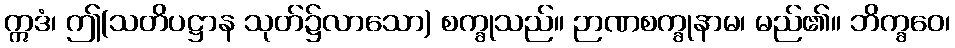
ဣဒံ၊ ဤ(သတိပဋ္ဌာန သုတ်၌လာသော) စက္ခုသည်။ ဉာဏစက္ခုနာမ၊ မည်၏။ ဘိက္ခဝေ၊